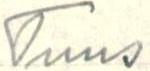
Tuus